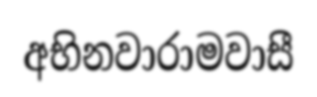
අභිනවාරාමවාසී